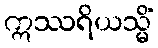
ဣဿရိယသ္မိံ